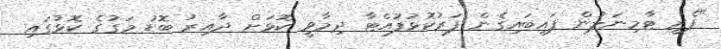
"ފެރީ ޓާމިނަލުން ފައިބައިގެން ފަރުކޮޅުފުއްޓާ ދިމާވީ ކޮޅަށް ދާއިރު ބޮޑު މަގުގެ ކޮޅުގައި